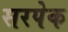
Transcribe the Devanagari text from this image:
सरपेक